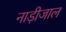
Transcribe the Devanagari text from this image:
नाड़ीजाल